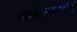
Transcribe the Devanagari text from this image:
आनंदसागरांनी